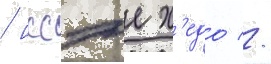
/ иссэе х'едо //